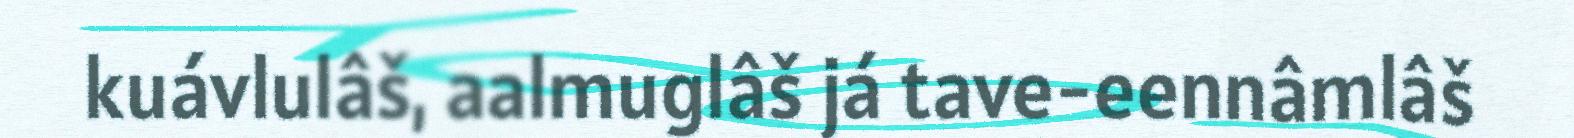
kuávlulâš, aalmuglâš já tave-eennâmlâš